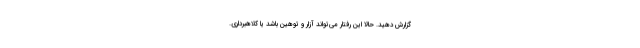
گزارش دهید. حالا این رفتار می‌تواند آزار و توهین باشد یا کلاهبرداری.